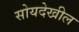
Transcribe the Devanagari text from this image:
सोयदेखील